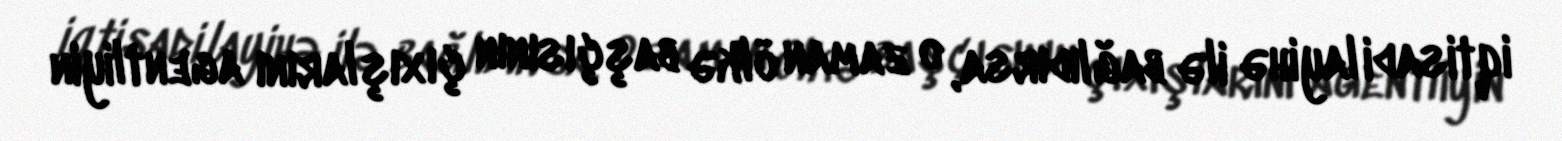
iqtisadi layihə ilə bağlıdırsa, o zaman ölkə başçısının çıxışlarını agentliyin